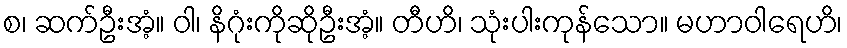
စ၊ ဆက်ဦးအံ့။ ဝါ၊ နိဂုံးကိုဆိုဦးအံ့။ တီဟိ၊ သုံးပါးကုန်သော။ မဟာဝါရေဟိ၊